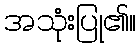
အသုံးပြု၏။